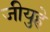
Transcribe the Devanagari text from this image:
जीयुहे